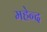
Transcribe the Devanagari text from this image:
महेन्द